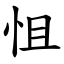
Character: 怚